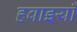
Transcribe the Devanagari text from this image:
हवाइयाँ